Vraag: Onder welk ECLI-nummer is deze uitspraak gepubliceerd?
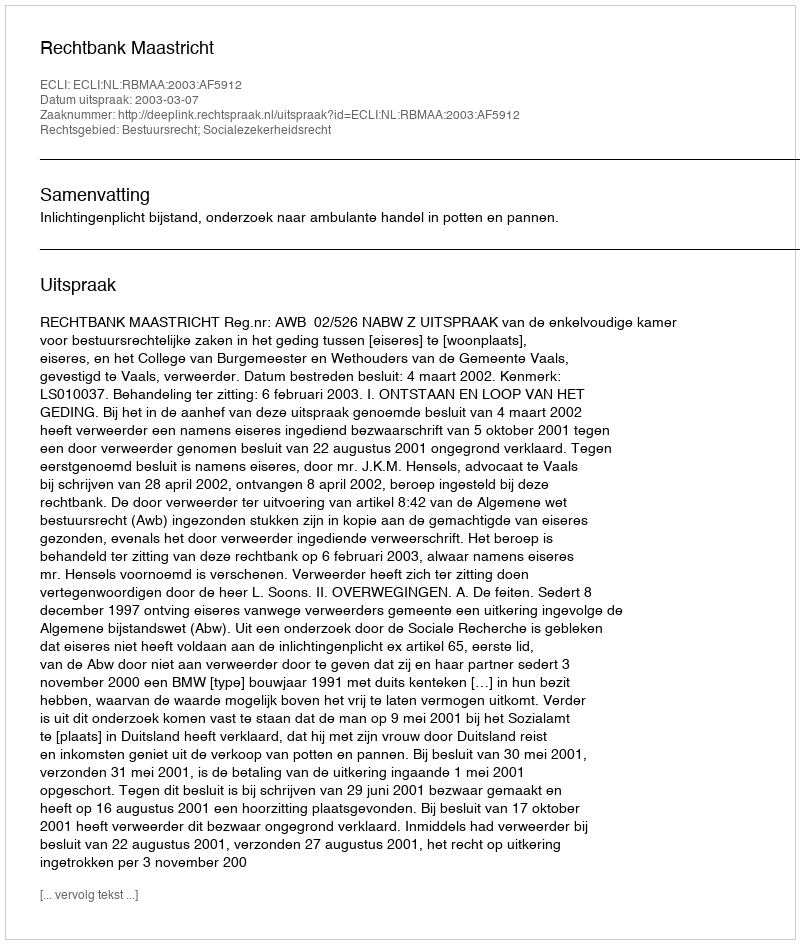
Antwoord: ECLI:NL:RBMAA:2003:AF5912